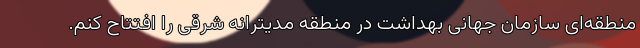
منطقه‌ای سازمان جهانی بهداشت در منطقه­ مدیترانه شرقی را افتتاح کنم.